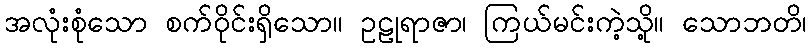
အလုံးစုံသော စက်ဝိုင်းရှိသော။ ဥဠုရာဇာ၊ ကြယ်မင်းကဲ့သို့။ သောဘတိ၊